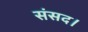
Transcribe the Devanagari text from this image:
संसद।